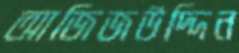
আজিজউদ্দিন